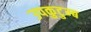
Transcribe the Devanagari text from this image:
उपकुटुम्ब